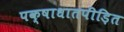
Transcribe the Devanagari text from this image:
पक्षाधातपीड़ित